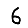
Digit: 6